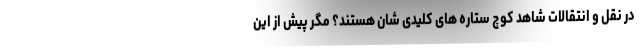
در نقل و انتقالات شاهد کوچ ستاره های کلیدی شان هستند؟ مگر پیش از این